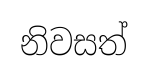
නිවසත්